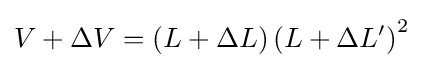
V+\Delta V=(L+\Delta L)\left(L+\Delta L'\right)^{2}